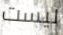
ليست